Vabadussoja_Ajaloo_Komitee, lk 17
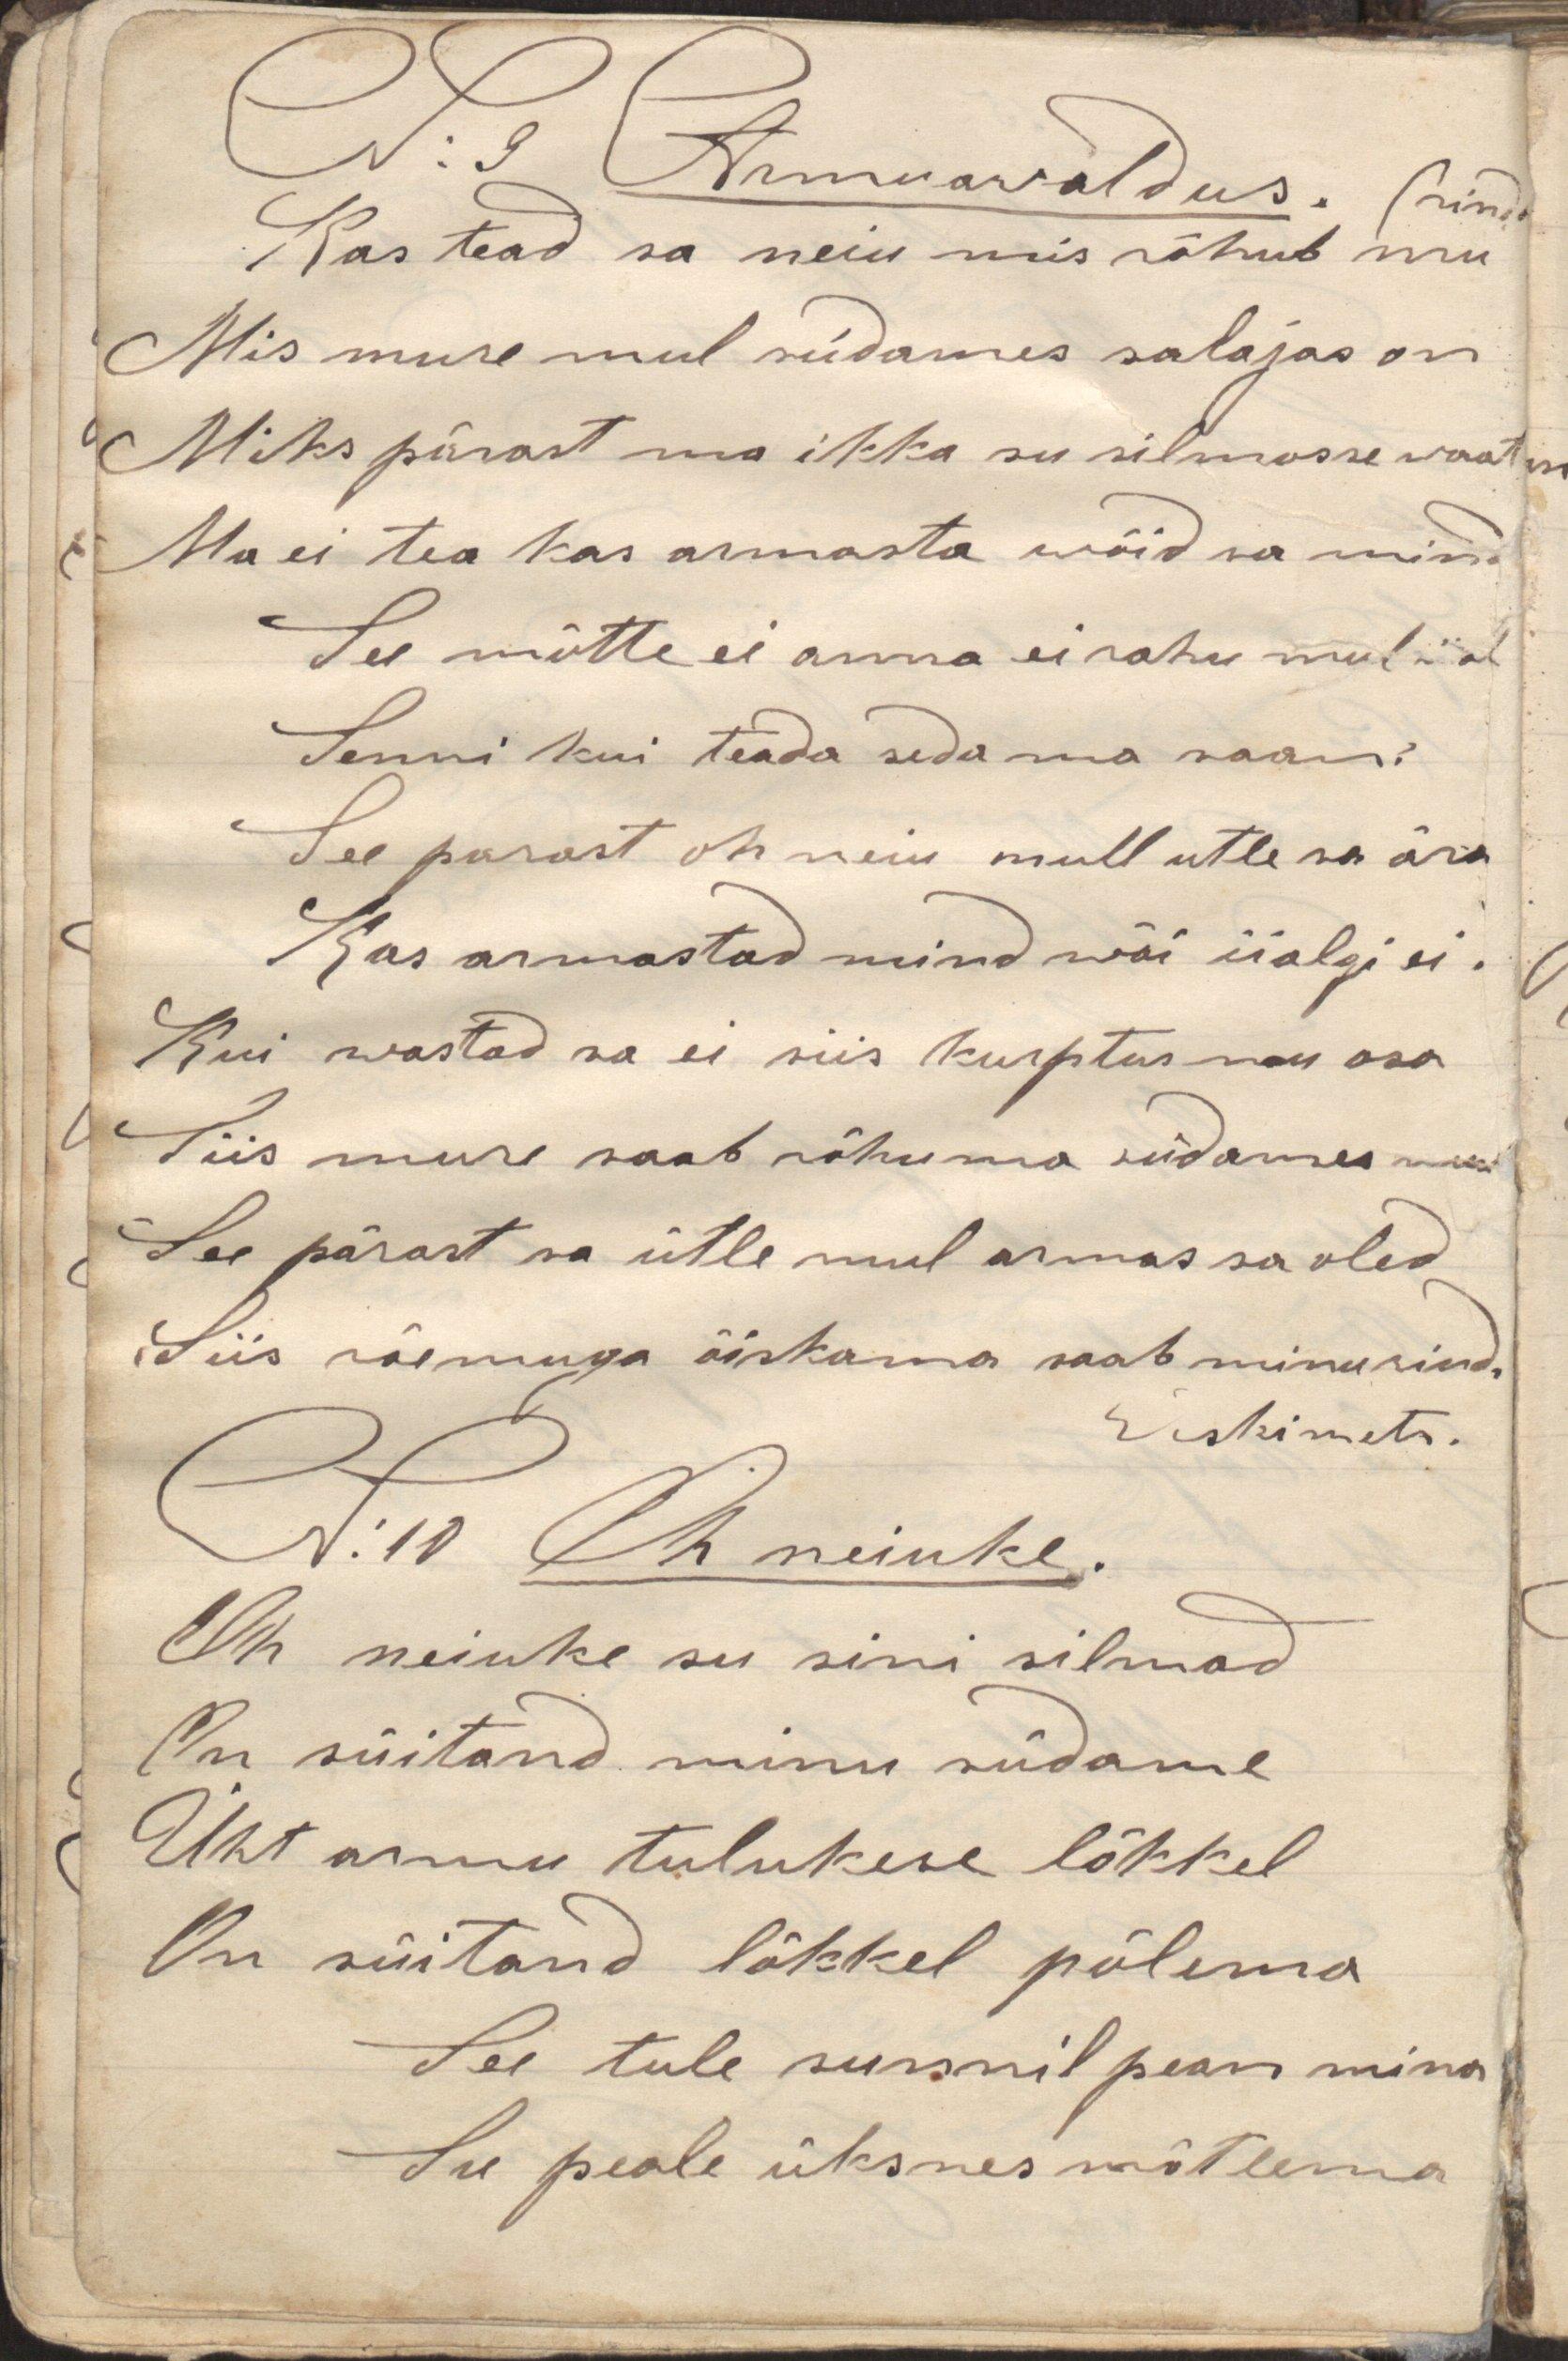
Kas tead sa neiu mis rõhub mu rindaMis mure mul südames salajas onMiks pärast ma ikka su silmasse waatsinMa ei tea kas armasta wõid sa mindSu mõtte ei anna ei rahu mul iialSenni kui teada seda ma saan;See parast oh neiu mull utle sa äraKas armastad mind wõi iialgi ei.Kui wastad sa ei siis kurptus mu osaSiis mure saab rõhuma südames minulSee pärast sa ütle mul armas sa oledSiis rõemuga õiskama saab minu rind.Oh neiuke su sini silmad On süitand minu südame Üht armu tulukese lõkkel On süitand lõkkel põlemaSu tule sunnil pean minaSu peale üksnes mõtlemaN: 9 Armuawaldus. Weskimets.N: 10 Oh neiuke.